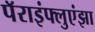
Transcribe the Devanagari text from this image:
पॅराइंफ्लुएंझा